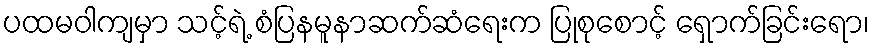
ပထမဝါကျမှာ သင့်ရဲ့ စံပြနမူနာဆက်ဆံရေးက ပြုစုစောင့် ရှောက်ခြင်းရော၊